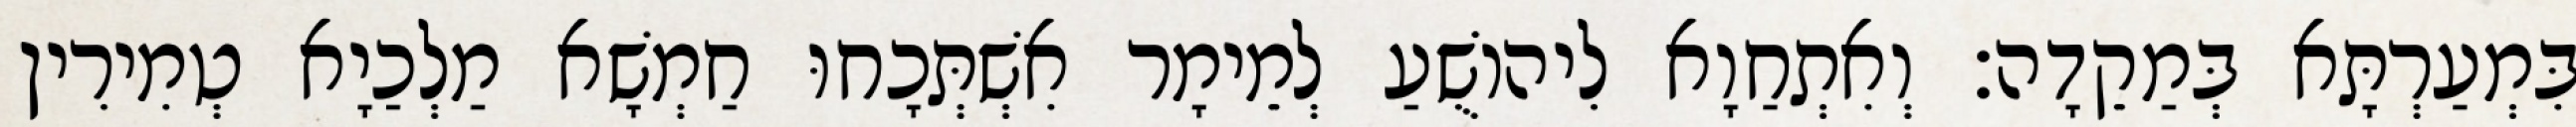
בִּמְעַרְתָּא בְּמַקֵדָה׃ וְאִתְחַוָא לִיהוֹשֻׁעַ לְמֵימָר אִשְׁתְּכָחוּ חַמְשָׁא מַלְכַיָא טְמִירִין